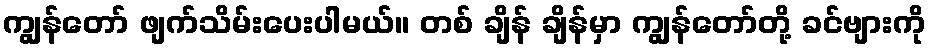
ကျွန်တော် ဖျက်သိမ်းပေးပါမယ်။ တစ် ချိန် ချိန်မှာ ကျွန်တော်တို့ ခင်ဗျားကို